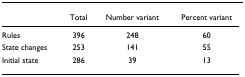
<table><thead><tr><td></td><td><b>Total</b></td><td><b>Number variant</b></td><td><b>Percent variant</b></td></tr></thead><tbody><tr><td>Rules</td><td>396</td><td>248</td><td>60</td></tr><tr><td>State changes</td><td>253</td><td>141</td><td>55</td></tr><tr><td>Initial state</td><td>286</td><td>39</td><td>13</td></tr></tbody></table>